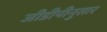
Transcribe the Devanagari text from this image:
जीडीपीनुसार